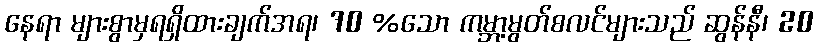
နေရာ များစွာမှရရှိထားချက်အရ၊ 70 %သော ကမ္ဘာ့မွတ်စလင်များသည် ဆွန်နီ၊ 20